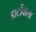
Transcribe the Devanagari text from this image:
डाटोंवाला